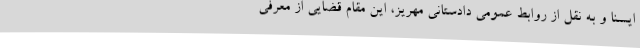
ایسنا و به نقل از روابط عمومی دادستانی مهریز، این مقام قضایی از معرفی